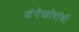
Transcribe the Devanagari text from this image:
दंगेखोरांची